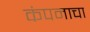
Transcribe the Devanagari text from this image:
कंपनाचा